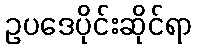
ဥပဒေပိုင်းဆိုင်ရာ